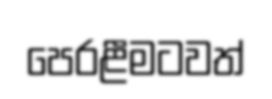
පෙරළීමටවත්